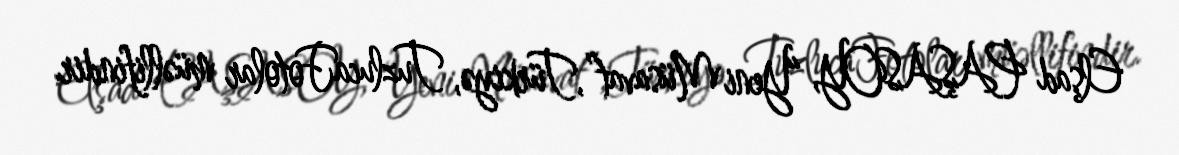
Elşad PAŞASOY, “Yeni Müsavat”,Türkiyə, TuzlucaFotolar müəllifindir.